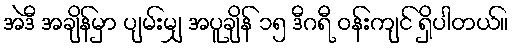
အဲဒီ အချိန်မှာ ပျမ်းမျှ အပူချိန် ၁၅ ဒီဂရီ ဝန်းကျင် ရှိပါတယ်။